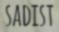
SADIST